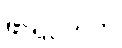
ဖာရင်ဟိုက်